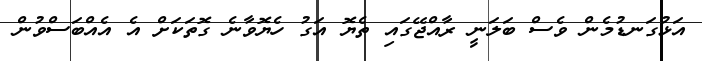
އަޅުގަނޑުމެން ވެސް ބަލަނީ ރާއްޖޭގައި ތެޔޮ އަގު ހެޔޮވާނެ ގޮތަކަށް އެ އެއްބަސްވުން